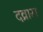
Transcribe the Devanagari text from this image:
दव्रारा